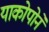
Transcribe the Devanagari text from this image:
याकोपोने